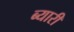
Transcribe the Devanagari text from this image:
ब्यारी